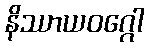
နိဿာယဝဂ္ဂေါ